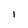
Character: I